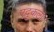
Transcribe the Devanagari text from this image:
एदुकला